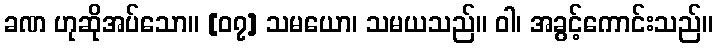
ခဏ ဟုဆိုအပ်သော။ [၀၇] သမယော၊ သမယသည်။ ဝါ၊ အခွင့်ကောင်းသည်။